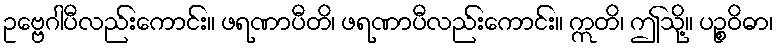
ဥဗ္ဗေဂါပီလည်းကောင်း။ ဖရဏာပီတိ၊ ဖရဏာပီလည်းကောင်း။ ဣတိ၊ ဤသို့။ ပဉ္စဝိဓာ၊